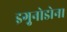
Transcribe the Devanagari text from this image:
इगु़नोडोन।